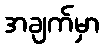
အချက်မှာ